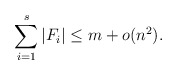
\begin{align*} \sum_{i=1}^s |F_i|\le m+o(n^2). \end{align*}